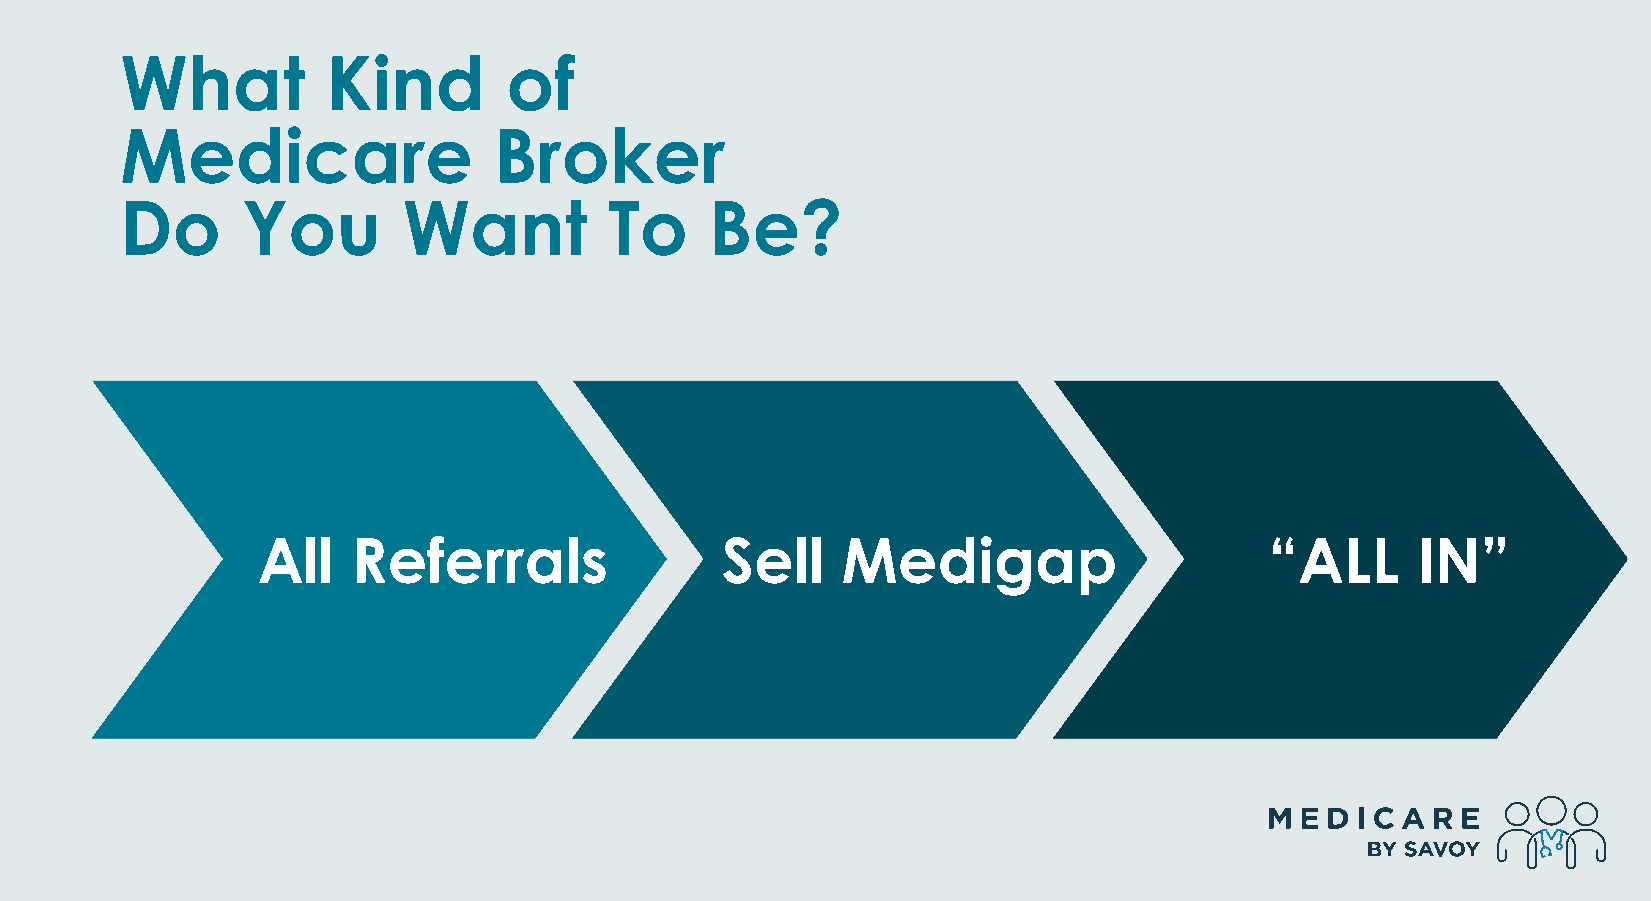
What          Kind        of
 Medicare                 Broker
 Do      You        Want         To     Be?
 All   Referrals                Sell    Medigap                     “ALL      IN”